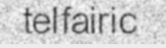
telfairic